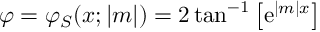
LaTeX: \varphi = \varphi _ { S } ( x ; | m | ) = 2 \tan ^ { - 1 } \left[ \mathrm { e } ^ { | m | x } \right]